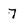
Character: 7